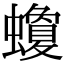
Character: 𧓬